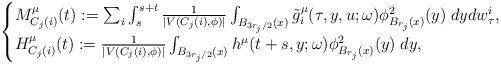
LaTeX: \begin{align*}\begin{cases}M_{C_j(i)}^\mu (t) :=\sum_i \int_{s}^{s+t} \frac{1}{|V(C_j(i),\phi)|} \int_{ B_{ 3r_j/2} (x)} \tilde{g}^{\mu}_i (\tau,y,u;\omega) \phi_{B_{r_j}(x)}^2(y)\;dy dw^{i}_{\tau},\\H_{C_j(i)}^\mu (t) := \frac{1}{|V(C_j(i),\phi)|} \int_{ B_{ 3r_j/2}(x)} h^\mu (t +s,y;\omega) \phi_{B_{r_j}(x)}^2(y) \;dy,\end{cases}\end{align*}